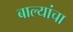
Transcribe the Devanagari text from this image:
बाल्यांचा